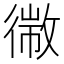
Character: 幑